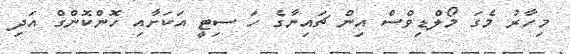
މިހާރު މެގަ މޯލްޑިވްސް އިން ޗައިނާގެ ހަ ސިޓީ އަކަށާއި ހޮންކޮންގް އަދި